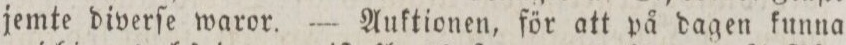
jemte diverſe waror. — Auktionen, för att på dagen kunna